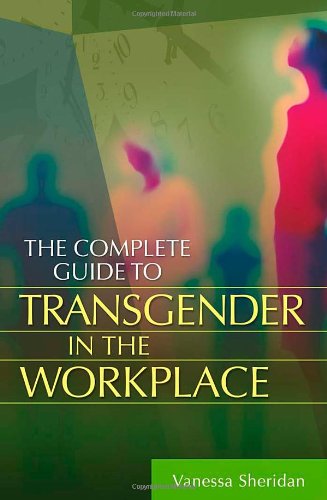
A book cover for The Complete Guide to Transgender in the Workplace; Vanessa Sheridan; Gay & Lesbian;